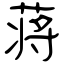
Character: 蒋